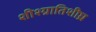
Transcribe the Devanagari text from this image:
शीश्ग्रातिशीघ्र